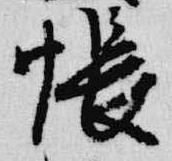
帳